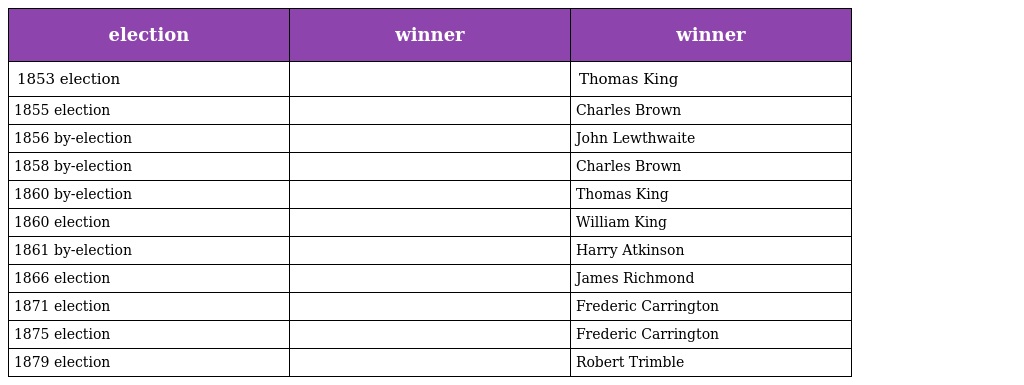
| election | winner | winner |
 | --- | --- | --- |
 | 1853 election |  | Thomas King |
 | 1855 election |  | Charles Brown |
 | 1856 by-election |  | John Lewthwaite |
 | 1858 by-election |  | Charles Brown |
 | 1860 by-election |  | Thomas King |
 | 1860 election |  | William King |
 | 1861 by-election |  | Harry Atkinson |
 | 1866 election |  | James Richmond |
 | 1871 election |  | Frederic Carrington |
 | 1875 election |  | Frederic Carrington |
 | 1879 election |  | Robert Trimble |